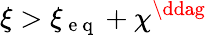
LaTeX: \xi>\xi_{\mathrm{~e~q~}}+\chi^{\ddag}